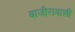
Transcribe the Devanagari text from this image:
बाजीरावाशीं